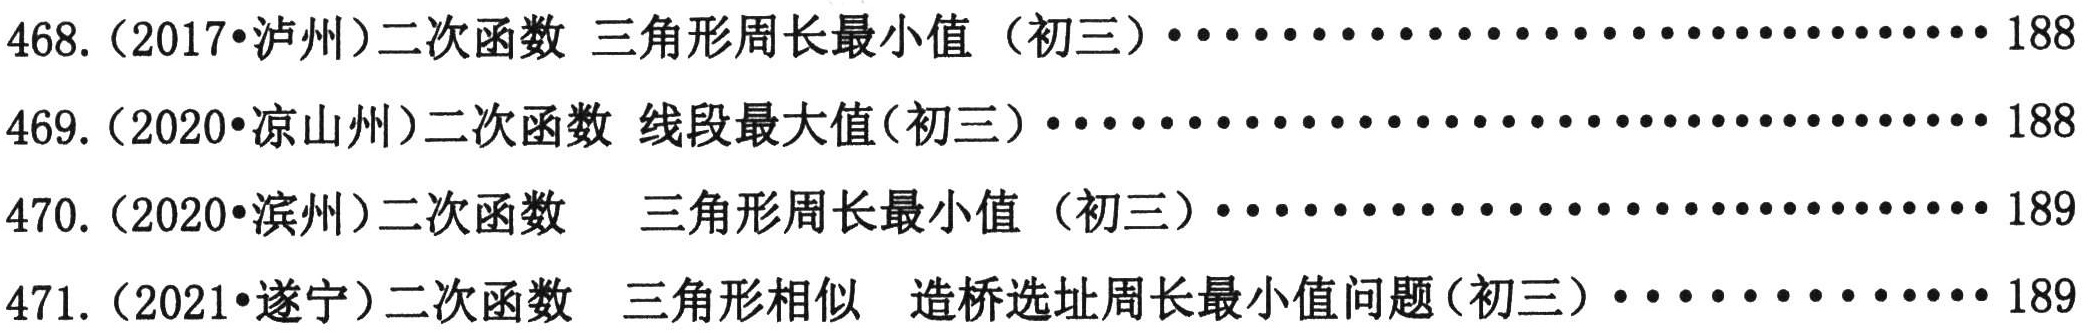
468.（2017•泸州）二次函数 三角形周长最小值（初三）································ 188\\
469.（2020•凉山州）二次函数 线段最大值(初三）································ 188\\
470.（2020•滨州）二次函数  三角形周长最小值（初三）······························ 189\\
471.（2021•遂宁）二次函数 三角形相似 造桥选址周长最小值问题(初三）·················· 189\\